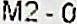
M2 - 0